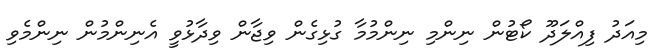
މިއަދު ފިއްލަދޫ ކޯޓުން ނިންމި ނިންމުމާ ގުޅިގެން ވިޖާން ވިދާޅުވީ އެނިންމުން ނިންމެވި